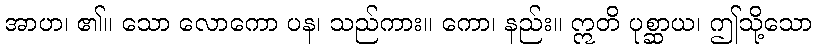
အာဟ၊ ၏။ သော လောကော ပန၊ သည်ကား။ ကော၊ နည်း။ ဣတိ ပုစ္ဆာယ၊ ဤသို့သော